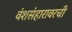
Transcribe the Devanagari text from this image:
वंशसंहारावरची